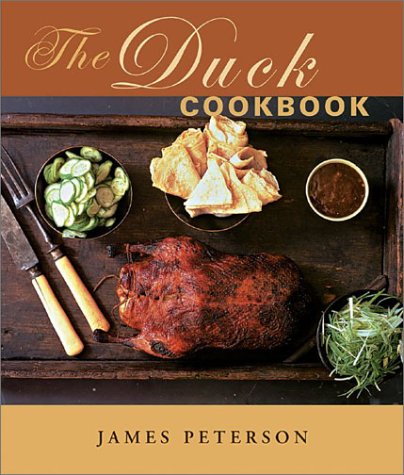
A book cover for The Duck Cookbook; James Peterson; Cookbooks, Food & Wine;